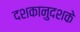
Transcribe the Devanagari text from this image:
दशकानुदशके